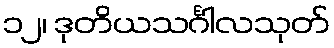
၁၂၊ ဒုတိယသင်္ဂါလသုတ်